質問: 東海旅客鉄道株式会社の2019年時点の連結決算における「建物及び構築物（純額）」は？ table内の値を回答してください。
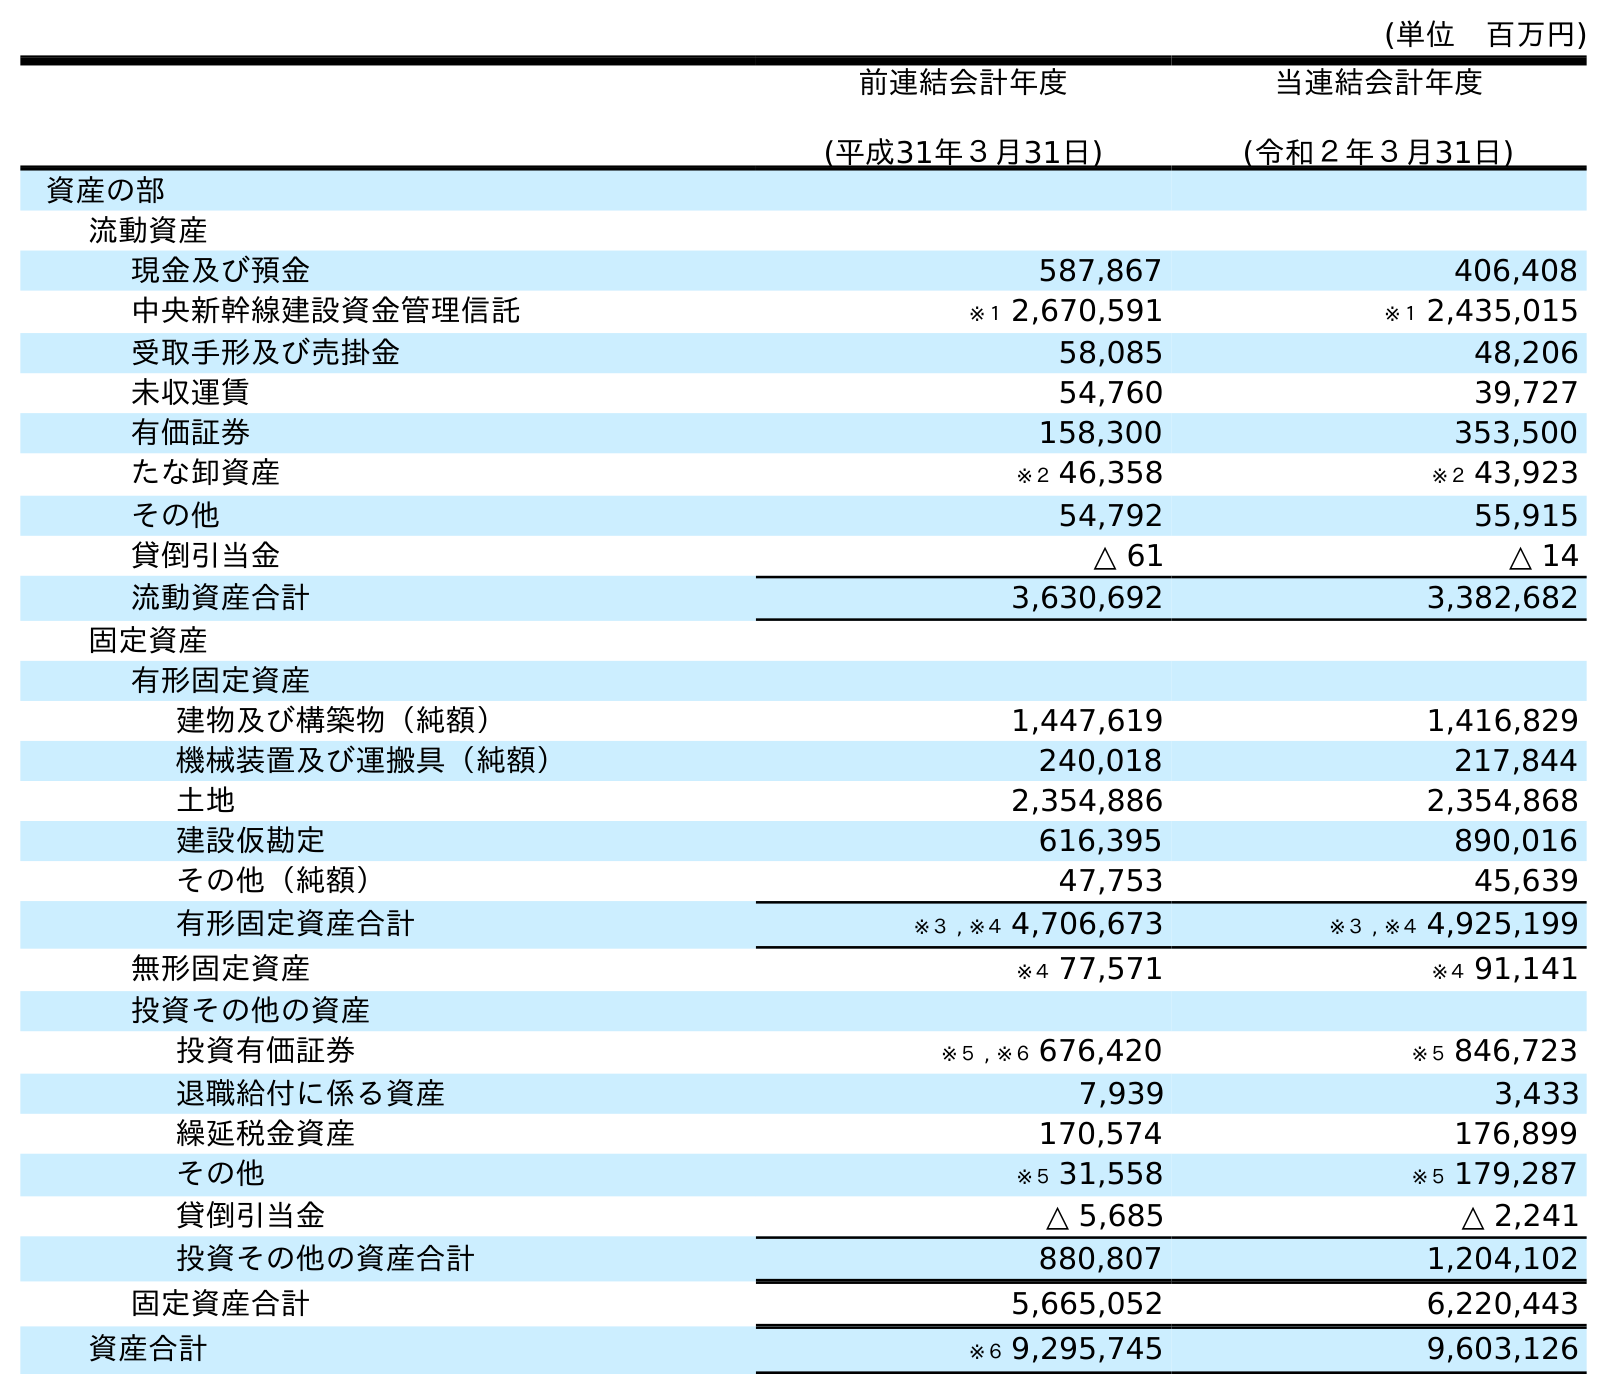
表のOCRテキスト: (単位 百万円) 前連結会計年度 (平成31年３月31日) 当連結会計年度 (令和２年３月31日) 資産の部 流動資産 現金及び預金 587,867 406,408 中央新幹線建設資金管理信託 ※１ 2,670,591 ※１ 2,435,015 受取手形及び売掛金 58,085 48,206 未収運賃 54,760 39,727 有価証券 158,300 353,500 たな卸資産 ※２ 46,358 ※２ 43,923 その他 54,792 55,915 貸倒引当金 △ 61 △ 14 流動資産合計 3,630,692 3,382,682 固定資産 有形固定資産 建物及び構築物（純額） 1,447,619 1,416,829 機械装置及び運搬具（純額） 240,018 217,844 土地 2,354,886 2,354,868 建設仮勘定 616,395 890,016 その他（純額） 47,753 45,639 有形固定資産合計 ※３ , ※４ 4,706,673 ※３ , ※４ 4,925,199 無形固定資産 ※４ 77,571 ※４ 91,141 投資その他の資産 投資有価証券 ※５ , ※６ 676,420 ※５ 846,723 退職給付に係る資産 7,939 3,433 繰延税金資産 170,574 176,899 その他 ※５ 31,558 ※５ 179,287 貸倒引当金 △ 5,685 △ 2,241 投資その他の資産合計 880,807 1,204,102 固定資産合計 5,665,052 6,220,443 資産合計 ※６ 9,295,745 9,603,126
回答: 1,447,619